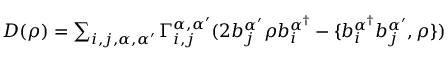
\begin{array} { r } { D ( \rho ) = \sum _ { i , j , \alpha , \alpha ^ { \prime } } \Gamma _ { i , j } ^ { \alpha , \alpha ^ { \prime } } ( 2 b _ { j } ^ { \alpha ^ { \prime } } \rho b _ { i } ^ { \alpha ^ { \dagger } } - \{ b _ { i } ^ { \alpha ^ { \dagger } } b _ { j } ^ { \alpha ^ { \prime } } , \rho \} ) } \end{array}